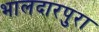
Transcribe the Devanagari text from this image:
भालदारपुरा